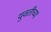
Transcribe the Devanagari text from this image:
युवतीच्या